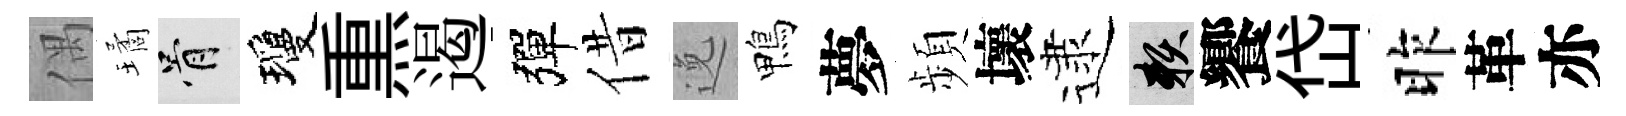
偶璚骨瓊𤋱遏彈借𨓜鴨夢頻壞逮賴饗岱昨革亦